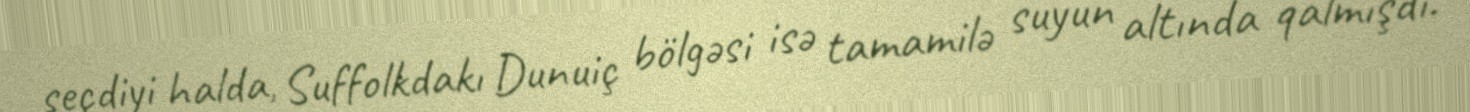
seçdiyi halda, Suffolkdakı Dunuiç bölgəsi isə tamamilə suyun altında qalmışdı.